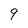
Character: 9